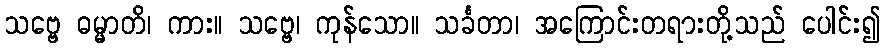
သဗ္ဗေ ဓမ္မာတိ၊ ကား။ သဗ္ဗေ၊ ကုန်သော။ သင်္ခတာ၊ အကြောင်းတရားတို့သည် ပေါင်း၍